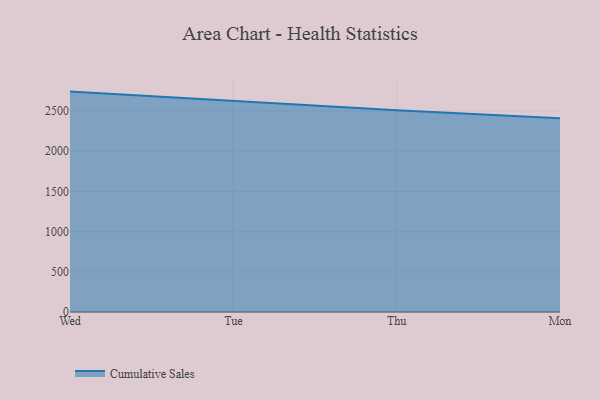
{"axis": {"x": "Day", "y": "Latency (ms)"}, "legend": ["Cumulative Sales"], "data": [{"x": "Wed", "y": 2742.7, "type": "Cumulative Sales"}, {"x": "Tue", "y": 2627.7, "type": "Cumulative Sales"}, {"x": "Thu", "y": 2510.2, "type": "Cumulative Sales"}, {"x": "Mon", "y": 2409.8, "type": "Cumulative Sales"}]}